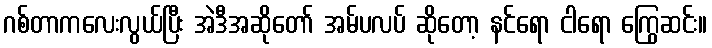
ဂစ်တာကလေးလွယ်ပြီး အဲဒီအဆိုတော် အမ်ပလပ် ဆိုတော့ နင်ရော ငါရော ကြွေဆင်း။